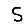
Digit: 5